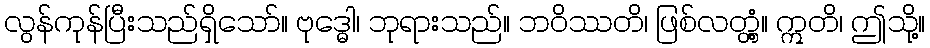
လွန်ကုန်ပြီးသည်ရှိသော်။ ဗုဒ္ဓေါ၊ ဘုရားသည်။ ဘဝိဿတိ၊ ဖြစ်လတ္တံ့။ ဣတိ၊ ဤသို့။